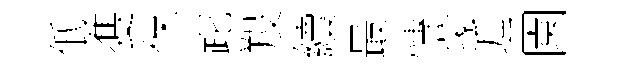
低㕠保跎羖續最慱蒙逅園